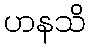
ဟနသိ